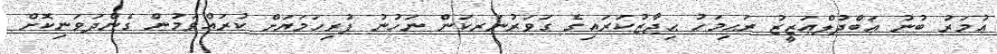
ޢުމަރު ބުނު ޢަބްދުލްޢަޒީޒު ރަޙިމަހު ޙިޖާޒުކަރައިގެ ގަވަރުނަރކަން ނަހުނު ފުރިހަމަޔަށް ކުރައްވަމުން ގެންދަވަނިކޮށް